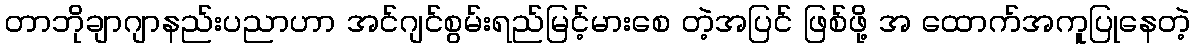
တာဘိုချာဂျာနည်းပညာဟာ အင်ဂျင်စွမ်းရည်မြင့်မားစေ တဲ့အပြင် ဖြစ်ဖို့ အ ထောက်အကူပြုနေတဲ့